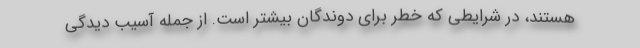
هستند، در شرایطی که خطر برای دوندگان بیشتر است. از جمله آسیب دیدگی